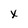
Character: x